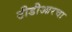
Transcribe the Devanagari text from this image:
टीडीआरचा